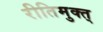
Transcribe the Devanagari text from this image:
रीतिमुक्त्